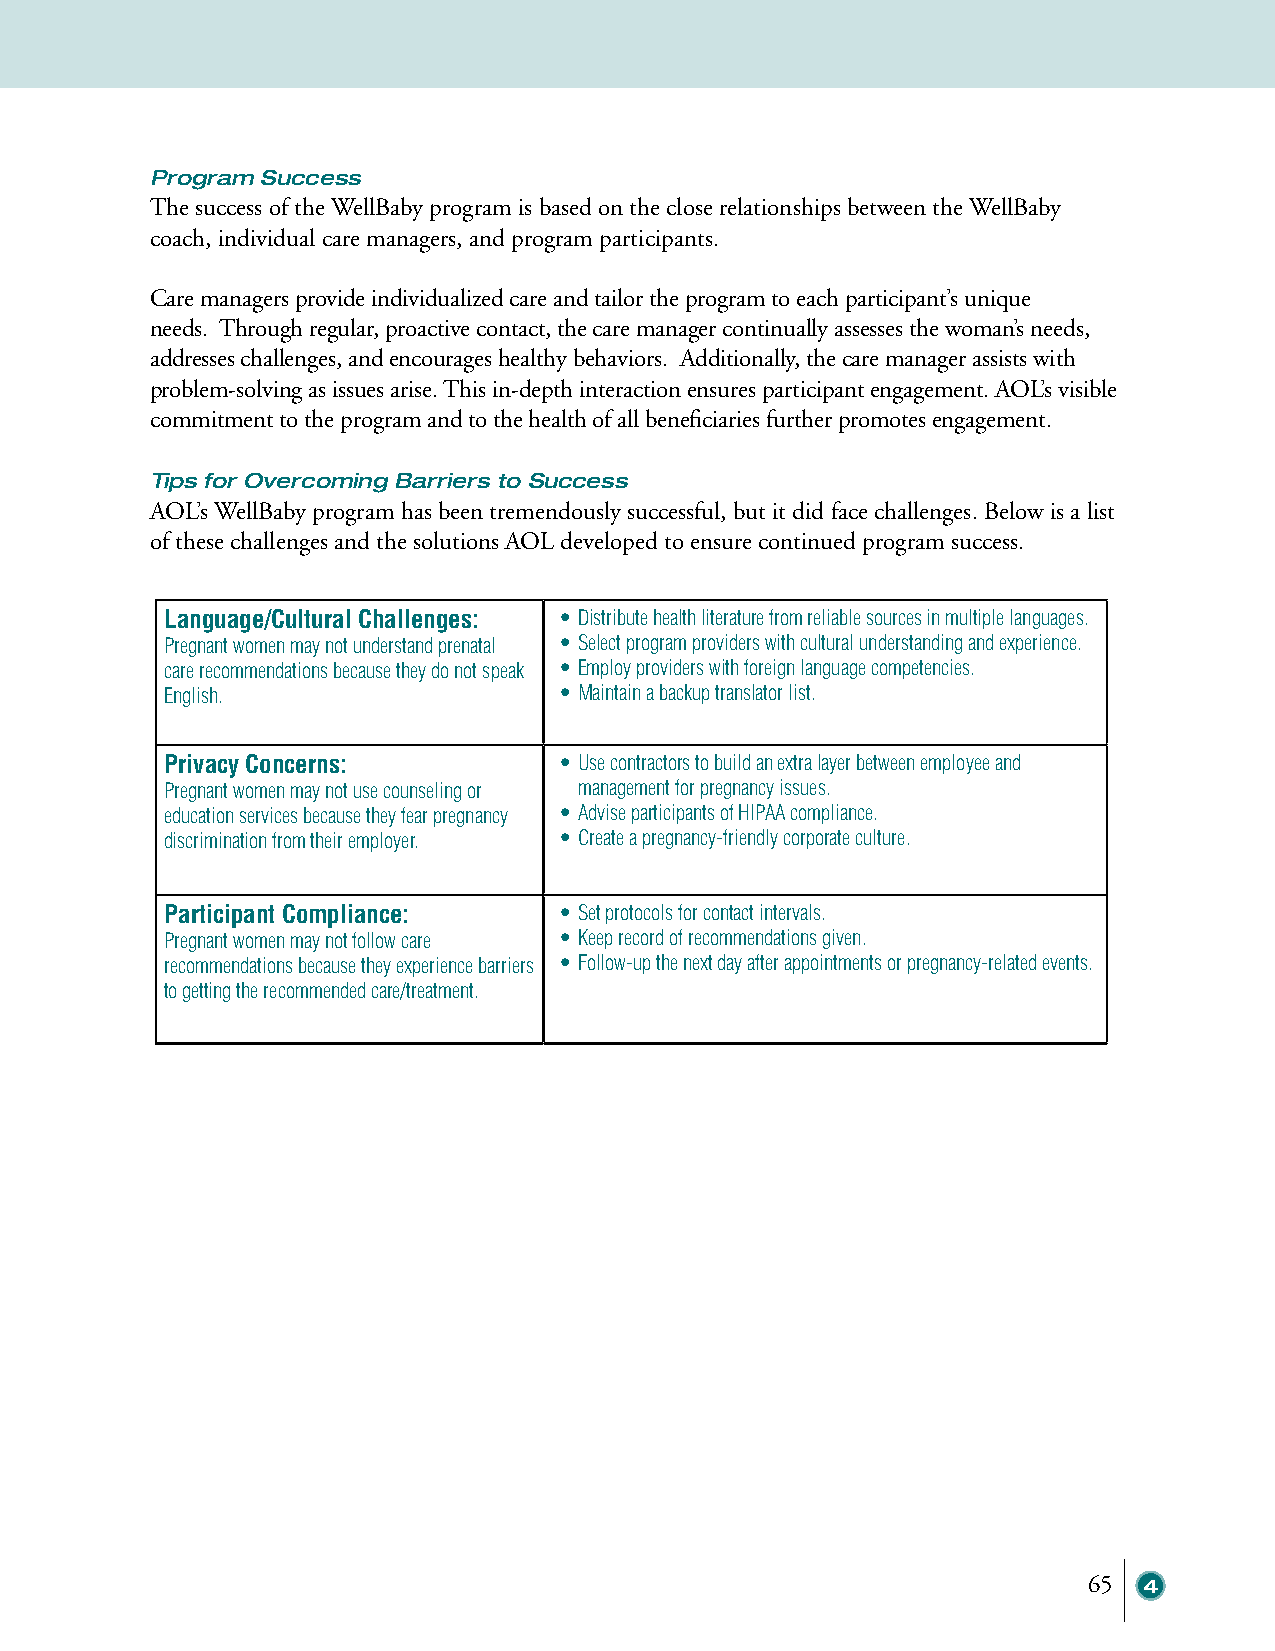
Program Success
 The success of the WellBaby program is based on the close relationships between the WellBaby
 coach, individual care managers, and program participants.
 Care managers provide individualized care and tailor the program to each participant’s unique
 needs. Through regular, proactive contact, the care manager continually assesses the woman’s needs,
 addresses challenges, and encourages healthy behaviors. Additionally, the care manager assists with
 problem-solving as issues arise. This in-depth interaction ensures participant engagement. AOL’s visible
 commitment to the program and to the health of all beneficiaries further promotes engagement.
 Tips for Overcoming Barriers to Success
 AOL’s WellBaby program has been tremendously successful, but it did face challenges. Below is a list
 of these challenges and the solutions AOL developed to ensure continued program success.
 Language/Cultural Challenges: • Distribute health literature from reliable sources in multiple languages.
 Pregnant women may not understand prenatal • Select program providers with cultural understanding and experience.
 care recommendations because they do not speak • Employ providers with foreign language competencies.
 English.                  • Maintain a backup translator list.
 Privacy Concerns:         • Use contractors to build an extra layer between employee and
 Pregnant women may not use counseling or management for pregnancy issues.
 education services because they fear pregnancy • Advise participants of HIPAA compliance.
 discrimination from their employer. • Create a pregnancy-friendly corporate culture.
 Participant Compliance:   • Set protocols for contact intervals.
 Pregnant women may not follow care • Keep record of recommendations given.
 recommendations because they experience barriers • Follow-up the next day after appointments or pregnancy-related events.
 to getting the recommended care/treatment.
 65  4